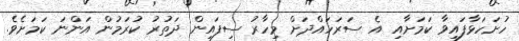
ހުށަހަޅާފައިވާ ކަމަށާއި އެ ސަރަހައްދަށް މިހާރު ސިފައިން ދަތުރު ކުރަމުން އަންނަ ކަމަށެވެ.